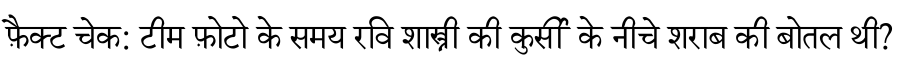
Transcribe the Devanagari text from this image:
फ़ैक्ट चेक: टीम फ़ोटो के समय रवि शास्त्री की कुर्सी के नीचे शराब की बोतल थी?